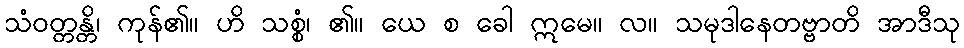
သံဝတ္တန္တိ၊ ကုန်၏။ ဟိ သစ္စံ၊ ၏။ ယေ စ ခေါ ဣမေ။ လ။ သမုဒါနေတဗ္ဗာတိ အာဒီသု